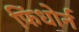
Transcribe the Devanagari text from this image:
फिंधोर्न